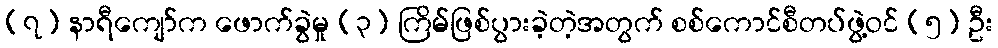
(၇) နာရီကျော်က ဖောက်ခွဲမှု (၃) ကြိမ်ဖြစ်ပွားခဲ့တဲ့အတွက် စစ်ကောင်စီတပ်ဖွဲ့ဝင် (၅) ဦး